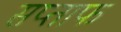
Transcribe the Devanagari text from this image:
सप्ताफ